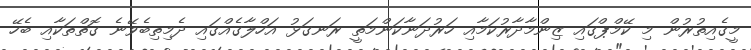
މީގެއިތުރުން މި ކޭމްޕްގައި ޒިންމާދާރުކަމާއި ހަރުދަނާކަންމަތީ ރަނގަޅު އަހްލާގެއްގައި ދެމިތިބެވޭނެ ގޮތްތަކާއި ބެހޭ